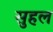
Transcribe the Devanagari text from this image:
सुहल